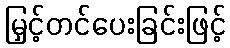
မြှင့်တင်ပေးခြင်းဖြင့်